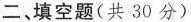
二填空题(共30分)